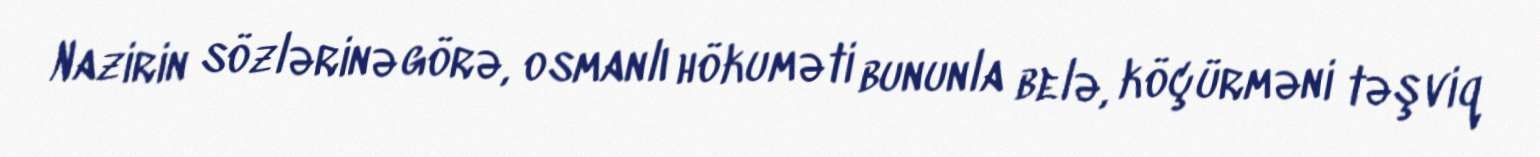
Nazirin sözlərinə görə, osmanlı hökuməti bununla belə, köçürməni təşviq